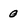
Character: 0